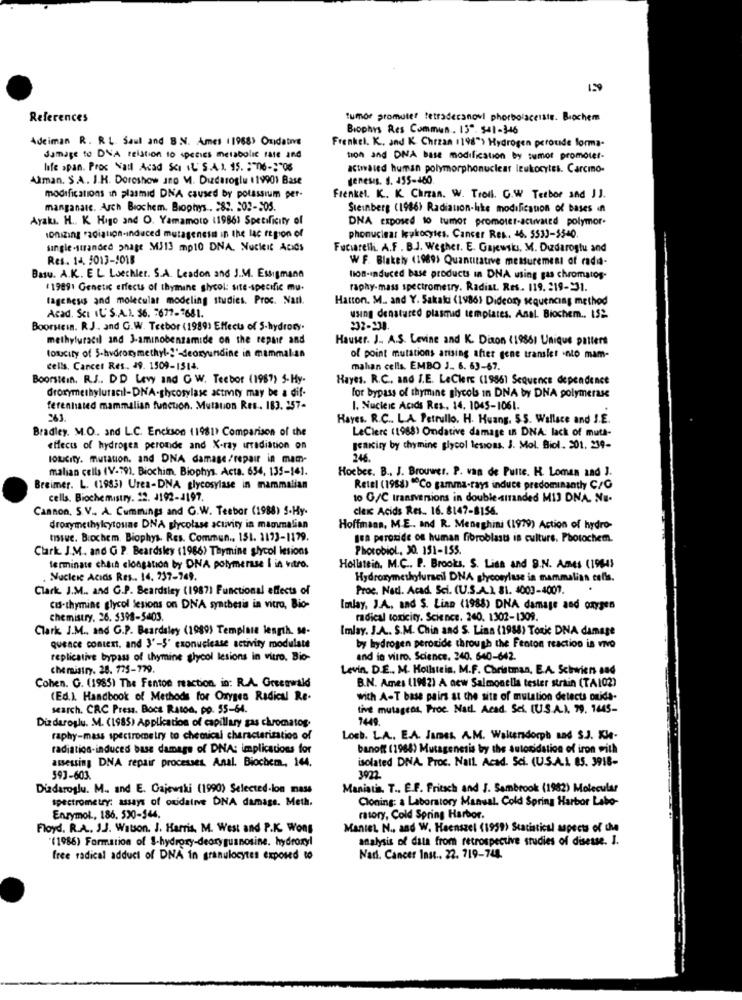
150
References
tumor promuter tetradersnovi phorbolsceiste. Biochem
Biophys Res Commun . 13". 541-346
Adeiman R. R.L. Saul and B .N. Ames (1968) Oxidative
Frenkel. K ., and K. Chrzan 1198"> Hydrogen peroxide forma-
damage to DVA relation to species metabolic rate and
tion and DNA base modification by tumor promoter.
life span. Proc Natl Acad Sci (L' S.A.1. 15. : "06 -; "06
activated human polymorphonuclear leukocytes. Carcino-
Alman. S.A. I.K. Doroshow ano V. Dizdaroglu 119901 Base
genesis. s. 155-160.
modifications in plasmid DNA caused by potassium per-
Frenkel. K. K. Chrzan. W. Troll. G.W Tetbor and JJ.
manganate. Arch Biochem. Biophys .. 283. 302-205.
Steinberg (1986) Radiation-like modification of bases in
Ayakı. H. K. Higo and O. Yamamoto (1986) Specificity of
DNA exposed to tumor promoter-activated polymor.
ionizing radiation-induced mutagenesis in the lac region of
phonucieas keykocytes. Cancer Res. 16. 5533-5540
single-stranded phage MJ13 mp10 DNA, Nucleic Acids
Fuciarelli. A.F . B.J. Wegher. E. Gajewski, M. Dudaroglu and
Res. 14. 5013-1018
W F. Blakely (1969> Quantitative measurement of radi-
Basu. A.K. E L Loechler. S.A. Leadon and J.M. Essigmand
lon-induced base products in DNA using gas chromatos-
(1989) Genetic effects of thymine glycol: site-specific mu-
raphy-mass spectrometry. Radiat. Res. 119. 219-231.
tagenesis and molecular modeling studies. Proc. Nart.
Hatton. M .. and Y. Sakaki (1986) Dideory sequencing method
Acad. Sci IL'S.A.I. 36. 7677-7681.
using denatured plasmid templates. Anal. Biochem .. 152.
Boorsein. R.J .. and G.W. Tecbor (1989) Effects of S-hydrory.
232-234.
methyluracil and 3-aminobenzamide on the repair and
Hauser. J. A.S. Levine and K. Diton (19861 Unique paliers
tonucity of 5-hydroxy methyl.""-deoxyundine in mammalan
of point mutations arising after gene transfer into mam-
cells. Cancer Res .. 49. 1509-1514.
mahan cells, EMBO J. 6. 63-67.
Boorstein. R.J .. DD Levy and C W. Teebor (1987) 5-Hy-
Hayes. R.C ., and I.E. LeClers (19861 Sequence dependence
droxymethyluracil-DNA-glycosylase activity may be a dif-
for bypass of thymine glycols in DNA by DNA polymerase
ferenhated mammalian function. Mutation Res .. 183. 257-
I. Nucleic Acids Res .. 14. 1045-1061.
Hayes. R.C .. L.A. Petrullo. H. Huang. S.S. Wallace and I.E.
Bradley. M.O. and L.C. Enckson (1981) Comparison of the
LeClerc (1988) Ondative damage in DNA: lack of muta-
effects of hydrogen peronde and X-ray irradiation on
genkiry by chymine glycol lesions. J. Mol. Biol. 201, 239-
lotCity. mutation. and DNA damage/repair in mam-
246.
malian cells (V.79). Biochim. Biophys. Acta. 654, 135-14).
Hocher. B ., J. Brouwer. P. van de Putte. H. Loman and J.
Breimer. L. (1983) Urea-DNA glycosylase in mammalian
Retel (1988) "Co gamma-rays induce predominantly C/G
cells. Biochemistry. 22. 1192-4197.
to G/C transvenions in double stranded MIJ DNA. Nu-
Cannon, S.V ., A. Cummings and G.W. Teebor (1988) 5-Hy-
cleK Acids Res. 16. 8147-8156.
droxymethylcytosine DNA glycolase activity in mammalian
Hoffmann, M.E .. and R. Meneghini (1979) Action of hydro-
Issue. Biochem. Biophys Res. Commun .. 151. 1173-1179.
psa peroxide of human fibroblasts is culture. Photochem.
Clark. J.M. and G P. Beardsley (1986) Thymine glycol lesions
Photobiol ., 20. 151-155.
terminate cheih clongation by DNA polymerase I in vitro.
Hollstein. M.C ., P. Brooks, S. Lisa and 9.N. Ames (19845
. Nucleic Acids Res .. 14. 737-749.
Hydroxymethyluracil DNA glycosylase in mammalian colis.
Clark. J.M .. and G.P. Beardsley (1987) Functional effects of
Proc. Nad. Acad Sci. (U.S.A.L 81. 4003-4001.
cus-thymine glycol lesions on DNA synthesis in vitro, Bio-
Imlay, J.A. and S. Linn (1988) DNA damage and oxygen
chemistry, 26. 5398-5403.
radical toxicity. Science. 240. 1302-1309.
Clark J.M ., and G.P. Beardsley (1989) Template length. 90-
Imlay. J.A. S.M. Chin and S. Lina (1988) Toxic DNA damage
quence content, and 3'-5' exonuelcase activity modulate
by hydrogen peroxide through the Fenton reaction is vivo
replicative bypass of thymine glycol lesions in vitro, Bio-
and in vitro. Science. 240. 640-642.
chemistry. 28. 775-779.
Levin, D.E ., M. Hollstein. M.F. Christman, E.A. Scirviens and
Cohen. G. (1985) The Fenton reaction, in: R.A. Greenwald
B.N. Ames (1942) A new Salmonella tester strain (TA102)
(Ed.). Handbook of Methods for Oxygen Radical Re-
with A-T base pairs at the site of mutation detects ouida-
search. CRC Press. Boca Raton, po. 55-64.
tive mutagens, Proc. Natl Acad. Sci. (U.S.A.I. 79. 1445-
749
Diz daroglu. M. (1985) Application of capillary gas chromatog.
raphy-mass spectrometry to chemical characterization of
Loch. LA. E.A. James A.M. Waltersdorph nad S.J. KIe-
radiation-induced base damage of DNA: implications for
banoft (1988) Mutagenesis by the autoridation of iron with
assessing DNA repair processes. Anal. Biochem, 164.
isolated DNA. Proc. Nall. Acad. Sci. (U.S.A.L. 85. 3918-
593-603.
3922
Dizdaroglu. M .. and E. Gajewski (1990) Selected-lon mass
Maniatis. T ., E.F. Fritsch and J. Sambrook (1982) Molecular
spectrometry: assays of oudalive DNA damage. Meth.
Cloning: a Laboratory Manual. Cold Spring Harbor Labo-
Enzymol ., 186, 530-144.
ratory, Cold Spring Harbor.
Floyd. R.A .. J.J. Watson. J. Harris, M. West and P.K. Wons
Mantel N ., and W. Hoenszel (1999) Statistical aspects of the
(1986) Formation of $-hydroxy-deoryguanosine. hydroxyl
analysis of data from retrospective studies of disease. I.
free radical adduct of DNA in granulocytes exposed to
Nad. Cancer Inst .. 22. 719-748.